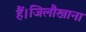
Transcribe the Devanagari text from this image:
हैं।जिलौखाना